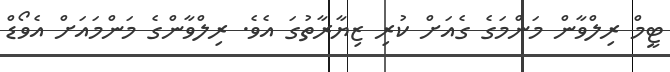
ޓީމް ރިލްވާން މަންމަގެ ގެއަށް ކުރި ޒިޔާރާތުގަ އެވެ. ރިލްވާންގެ މަންމައަށް އެވޯޑް